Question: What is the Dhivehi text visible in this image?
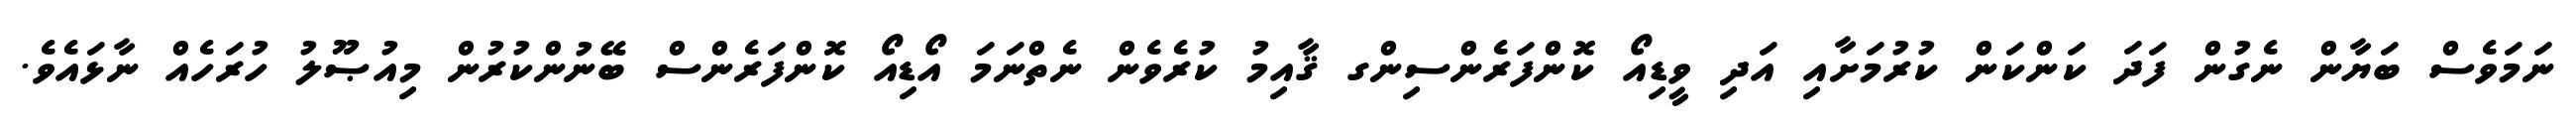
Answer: ނަމަވެސް ބަޔާން ނެގުން ފަދަ ކަންކަން ކުރުމަށާއި އަދި ވީޑިއޯ ކޮންފަރެންސިންގ ޤާއިމު ކުރެވެން ނެތްނަމަ އޯޑިއޯ ކޮންފަރެންސް ބޭނުންކުރުން މިއުޞޫލު ހުރަހެއް ނާޅައެވެ.